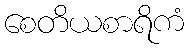
စေတိယစာရိကံ